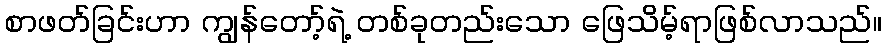
စာဖတ်ခြင်းဟာ ကျွန်တော့်ရဲ့ တစ်ခုတည်းသော ဖြေသိမ့်ရာဖြစ်လာသည်။